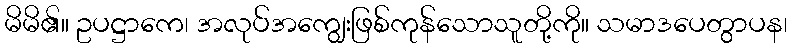
မိမိ၏။ ဥပဋ္ဌာကေ၊ အလုပ်အကျွေးဖြစ်ကုန်သောသူတို့ကို။ သမာဒပေတွာပန၊